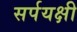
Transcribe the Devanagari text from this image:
सर्पयक्षी